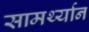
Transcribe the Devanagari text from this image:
सामर्थ्‍यान